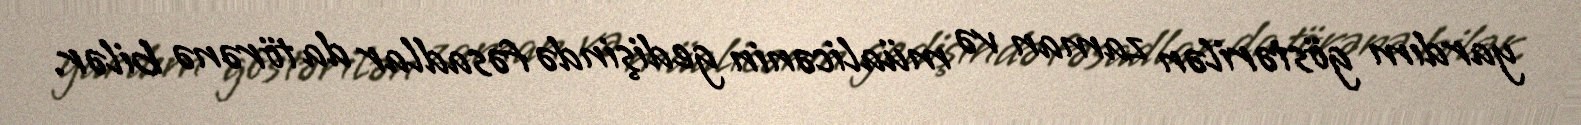
yardım göstərilən zaman və müalicənin gedişində fəsadlar da törənə bilər.